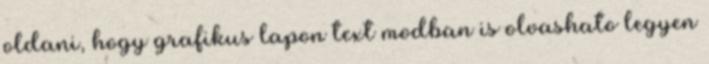
oldani, hogy grafikus lapon text modban is olvashato legyen